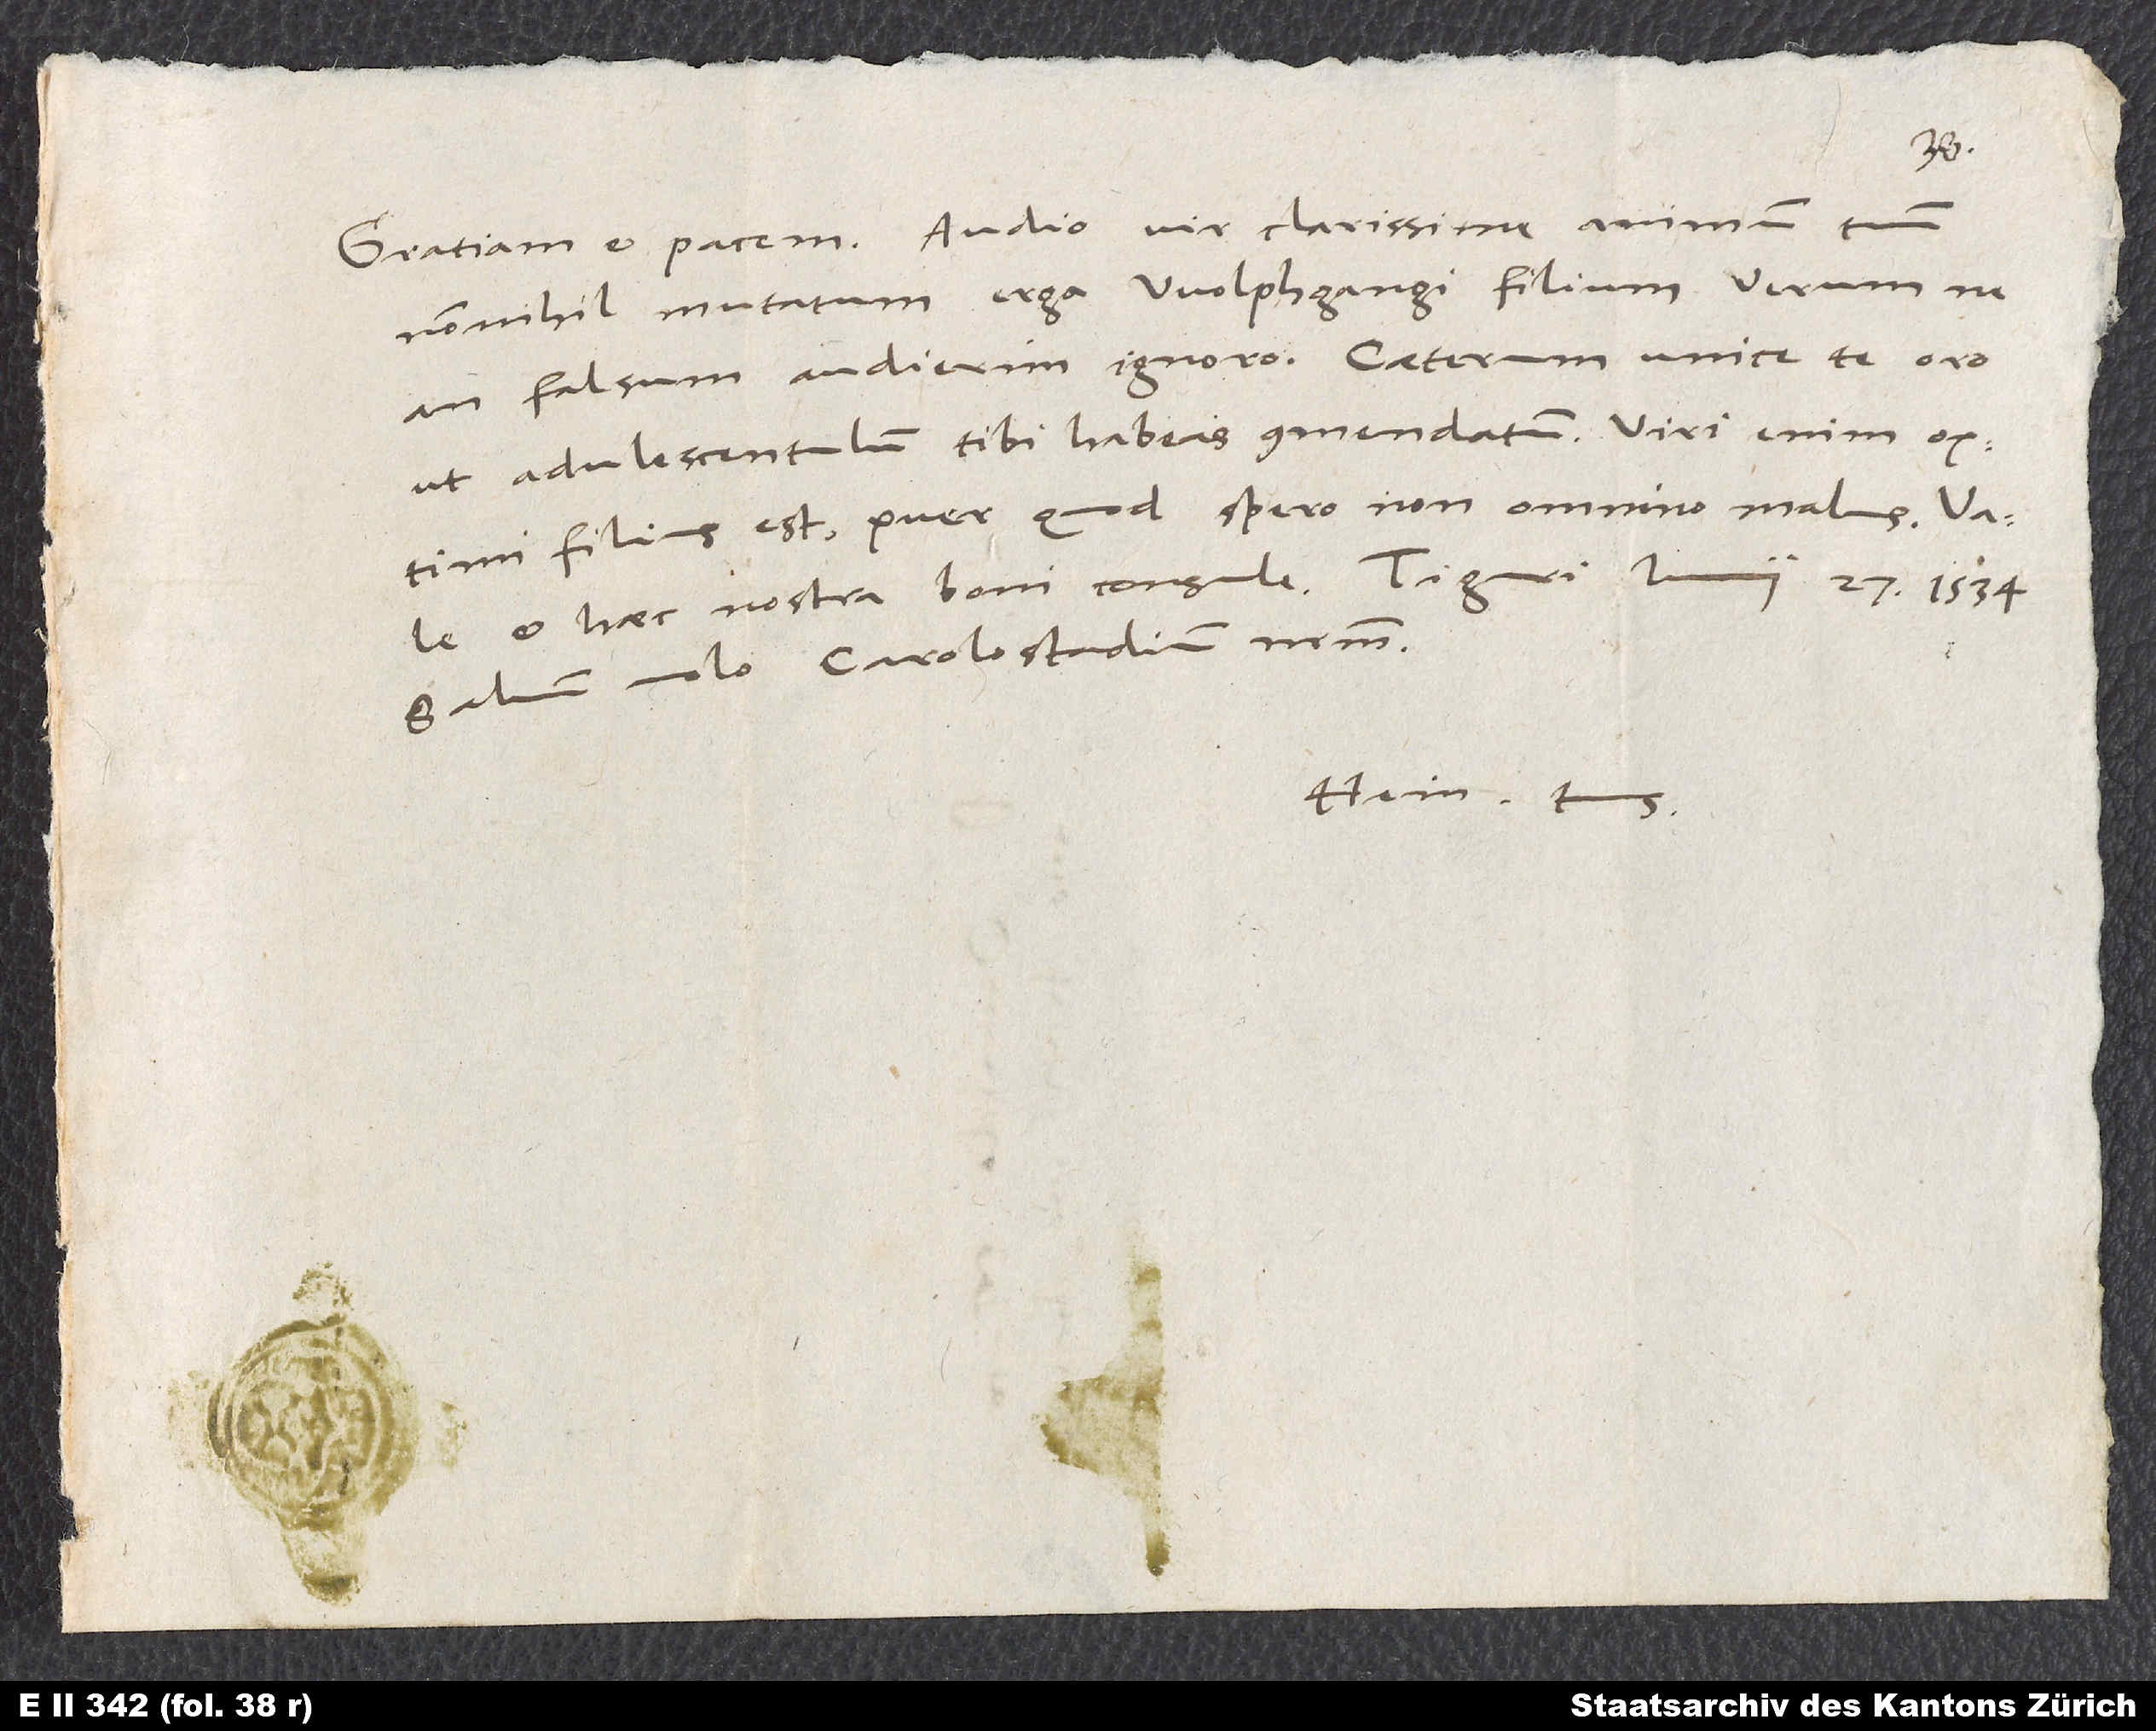
nonnihil mutatum erga Wolphgangi filium. Verum ne
an falsum audierim ignoro. Caeterum unice te oro,
ut adulescentulum tibi habeas commendatum. Viri enim optimi
filius est, puer, quod spero, non omnino malus.
Salvum volo Carolostadium nostrum.
Hein. tuus.